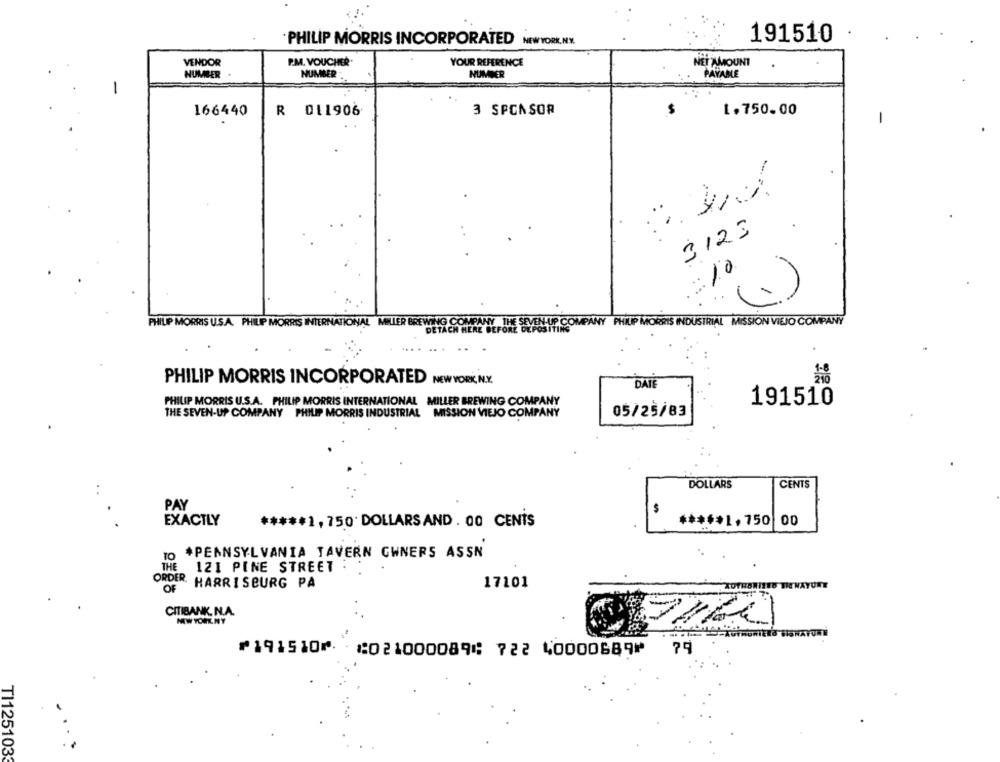
191510
PHILIP MORRIS INCORPORATED NEWYORK,NY.
VENDOR
P.M. VOUCHER.
NET AMOUNT
YOUR REFERENCE
NUMBER
NUMBER
NUMBER
PAYABLE
-
166440
R 011906
3 SPONSOR
$
1.750.00
-
. ..
3123
210
PHILIP MORRIS U.S.A. PHILIP MORRIS INTERNATIONAL MILLER BREWING COMPANY THE SEVEN UP COMPANY PHILIP MORRIS INDUSTRIAL MISSION VIEJO COMPANY
PHILIP MORRIS INCORPORATED NEW YORK, N.Y.
DATE
PHILIP MORRIS U.S.A. PHILIP MORRIS INTERNATIONAL MILLER BREWING COMPANY
191510
THE SEVEN-UP COMPANY PHILIP MORRIS INDUSTRIAL MISSION VIEJO COMPANY
05/25/83
DOLLARS
CENTS
PAY
$
EXACTLY
***** 1,750 DOLLARSAND. 00 CENTS
***** 1,750 00
10
#PENNSYLVANIA TAVERN OWNERS ASSN
THE
121 PINE STREET .
ORDER.
HARRISBURG PA
17101
OF
CITIBANK. N.A.
NEWYORLNY
7160
⑈191510⑈ ⑆021000089⑆ 722 40000689⑈
79
TI1251033